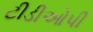
ટીડીઓપી